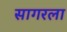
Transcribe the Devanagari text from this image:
सागरला